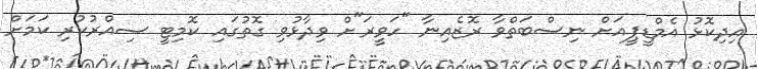
އިދިކޮޅު އެމްޑީޕީއަށް ނިސްބަތްވާ ރޮޒެއިނާ "ހަވީރަ"ށް ވިދާޅުވި ގޮތުގައި ކޮމިޓީ ސިއްރުކުރި ކަމަށް